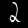
Digit: 2